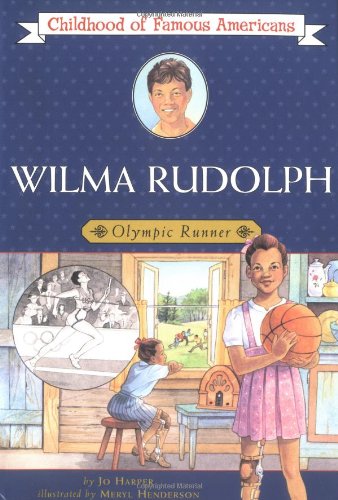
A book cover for Wilma Rudolph: Olympic Runner (Childhood of Famous Americans); Jo Harper; Children's Books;